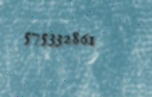
575332861